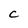
Character: C